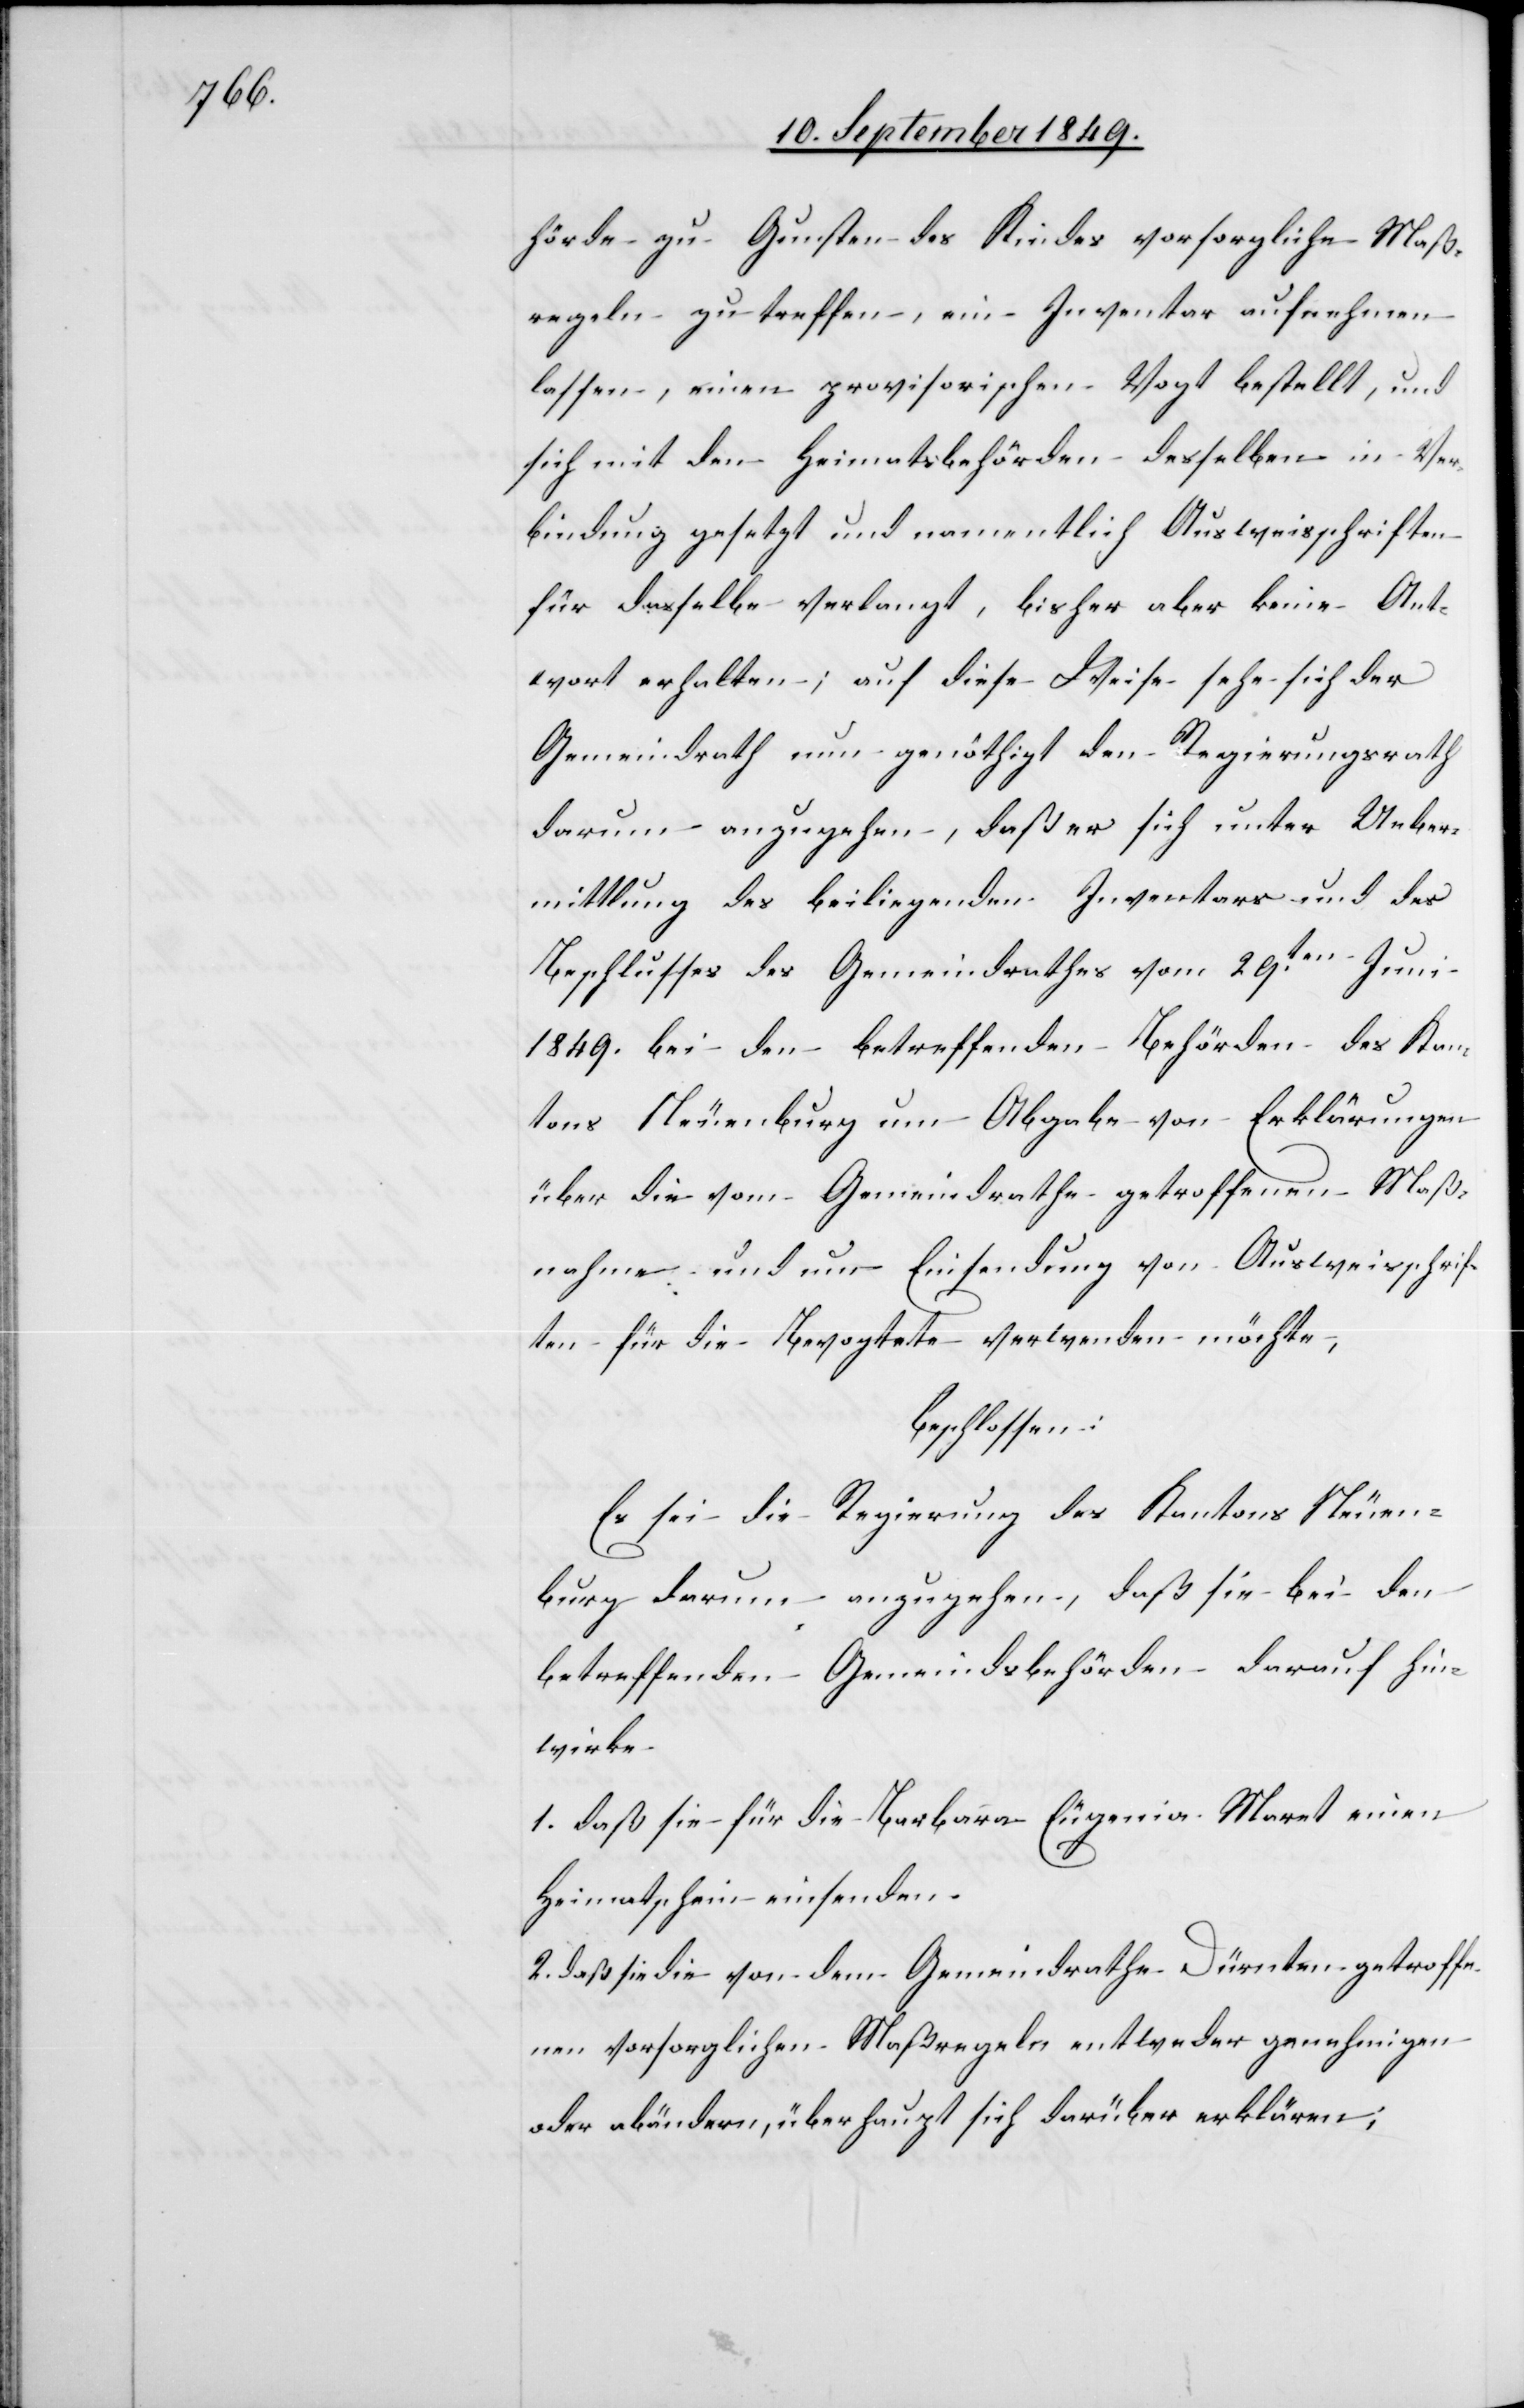
hörde zu Gunsten des Kindes vorsorgliche Maß¬
regeln zu treffen, ein Inventar aufnehmen
lassen, einen provisorischen Vogt bestellt, und
sich mit den Heimatsbehörden desselben in Ver¬
bindung gesetzt und namentlich Ausweisschriften
für dasselbe verlangt, bisher aber keine Ant¬
wort erhalten; auf diese Weise sehe sich der
Gemeindrath nun genöthigt den Regierungsrath
darum anzugehen, daß er sich unter Ueber¬
mittlung des beiligenden Inventars und des
Beschlusses des Gemeindrathes vom 29ten Juni
1849. bei den betreffenden Behörden des Kan¬
tons Neuenburg um Abgabe von Erklärungen
über die vom Gemeindrathe getroffenen Maß¬
nahme und um Einsendung von Ausweisschrif¬
ten für die Bevogtete verwenden möchte,
beschlossen:
Es sei die Regierung des Kantons Neuen¬
burg darum anzugehen, daß sie bei den
betreffenden Gemeindsbehörden darauf hin¬
wirke.
1. daß sie für die Barbara Eugenia Maret einen
Heimatschein einsenden.
2. daß sie die von dem Gemeindrathe Dürnten getroffe¬
nen vorsorglichen Maßregeln entweder genehmigen
oder abändern, überhaupt sich darüber erklären;